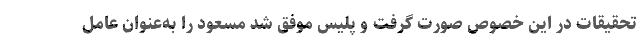
تحقیقات در این خصوص صورت گرفت و پلیس موفق شد مسعود را به‌عنوان عامل